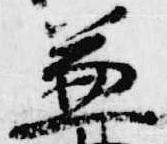
兼